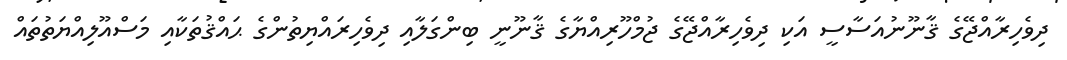
ދިވެހިރާއްޖޭގެ ޤާނޫނުއަސާސީ އަކި ދިވެހިރާއްޖޭގެ ޖުމްހޫރިއްޔާގެ ޤާނޫނީ ބިންގަލާއި ދިވެހިރައްޔިތުންގެ ޙައްޤުތަކާއި މަސްއޫލިއްޔަތުތައް